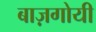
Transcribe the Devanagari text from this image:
बाज़गोयी